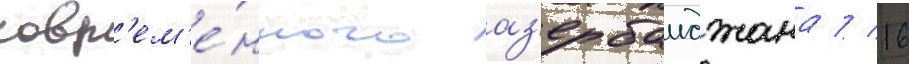
совр'ем'е́нного аз'ербаиджана // 16